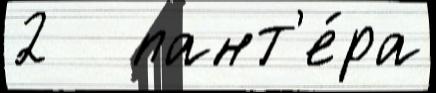
2   пант'е́ра